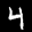
Label: 4